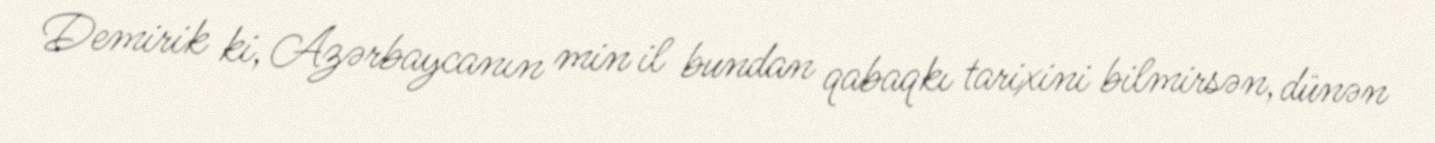
Demirik ki, Azərbaycanın min il bundan qabaqkı tarixini bilmirsən, dünən